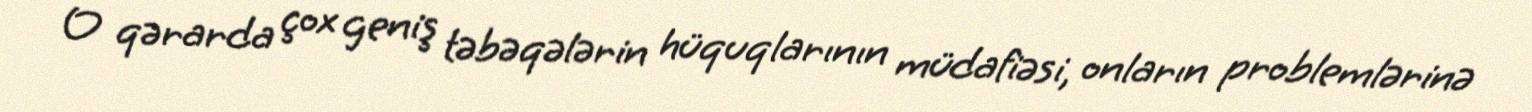
O qərarda çox geniş təbəqələrin hüquqlarının müdafiəsi, onların problemlərinə